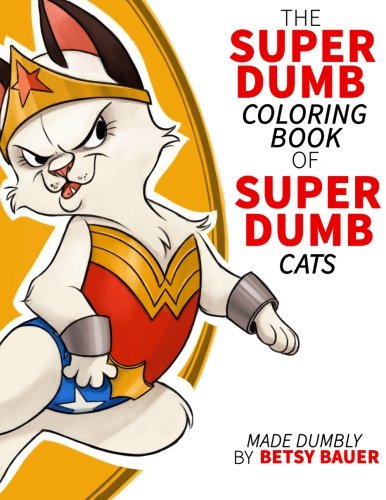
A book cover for Super Dumb Super Cats: A coloring book full of dumb puns about cat super heroes; Betsy Bauer; Humor & Entertainment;